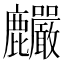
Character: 麣